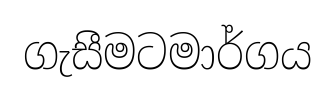
ගැසීමටමාර්ගය